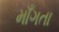
માઁગતા